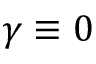
\gamma \equiv 0